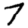
Digit: 7